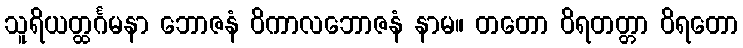
သူရိယတ္ထင်္ဂမနာ ဘောဇနံ ဝိကာလဘောဇနံ နာမ။ တတော ဝိရတတ္တာ ဝိရတော